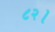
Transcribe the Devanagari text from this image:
८२।